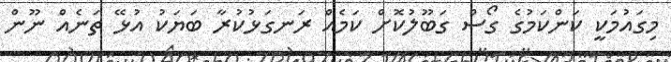
މިގައުމަކީ ކަންކަމުގެ ގޯސް ގަބޫލުކޮށް ކަމެއް ރަނގަޅުކުރާ ބަޔަކު އުޅޭ ތަނެއް ނޫން